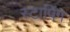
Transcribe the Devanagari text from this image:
स्टापिंग